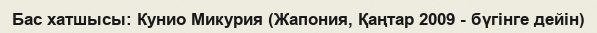
Бас хатшысы: Кунио Микурия (Жапония, Қаңтар 2009 - бүгінге дейін)